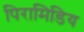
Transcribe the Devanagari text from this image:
पिरामिडिय